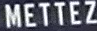
METTEZ